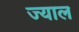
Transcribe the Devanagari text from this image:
ज्याल